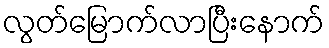
လွတ်မြောက်လာပြီးနောက်